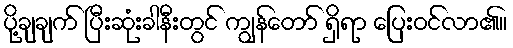
ပို့ချချက် ပြီးဆုံးခါနီးတွင် ကျွန်တော် ရှိရာ ပြေးဝင်လာ၏။